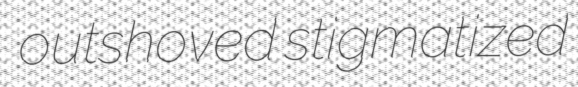
outshoved stigmatized